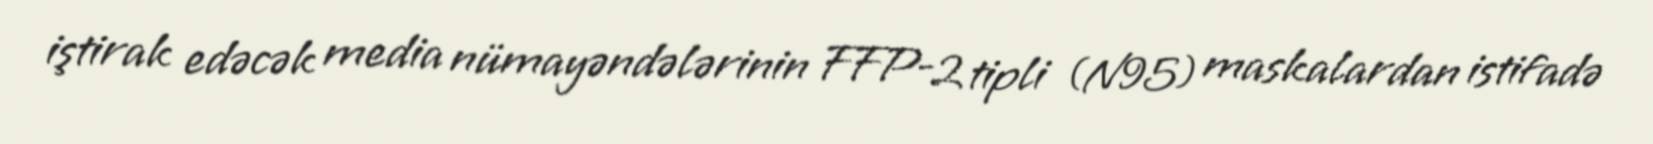
iştirak edəcək media nümayəndələrinin FFP-2 tipli (N95) maskalardan istifadə